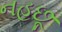
નહછૂ